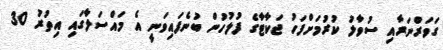
ގަވަރްނަރާއި ސުވާލު ކުރުމަށްފަހު ޖަކާޓާގެ ފުލުހުން ބުނެފައިވަނީ އެ މައްސަލާގައި އިތުރު 30